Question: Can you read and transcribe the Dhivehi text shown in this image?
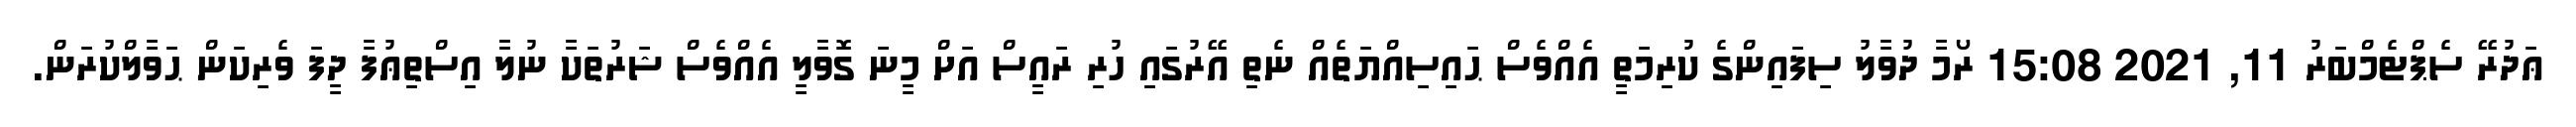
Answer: ޢަދުރޭ ސެޕްޓެމްބަރު 11, 2021 15:08 ރޯމާ ދުވާލު ސިފައިންގެ ކުރިމަތީ އެއްވެސް ޙައިސިއްޔަތެއް ނެތި އޭރުގައި ހުރި ރައީސް އަށް މީނަ ގޮވާލީ އެއްވެސް ޝަރުތަކާ ނުލާ އިސްތިޢުފާ ދީފަ ވެރިކަން ޙަވާލްކުރަން.